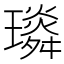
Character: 𤪏